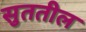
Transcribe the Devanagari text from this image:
सुततील